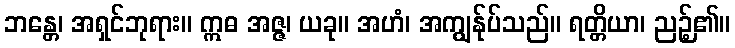
ဘန္တေ၊ အရှင်ဘုရား။ ဣဓ အဇ္ဇ၊ ယခု။ အဟံ၊ အကျွန်ုပ်သည်။ ရတ္တိယာ၊ ညဉ့်၏။